Report on the working of the mental hospitals for Indians in Bihar and Orissa - 1925-1929
Year: 1925
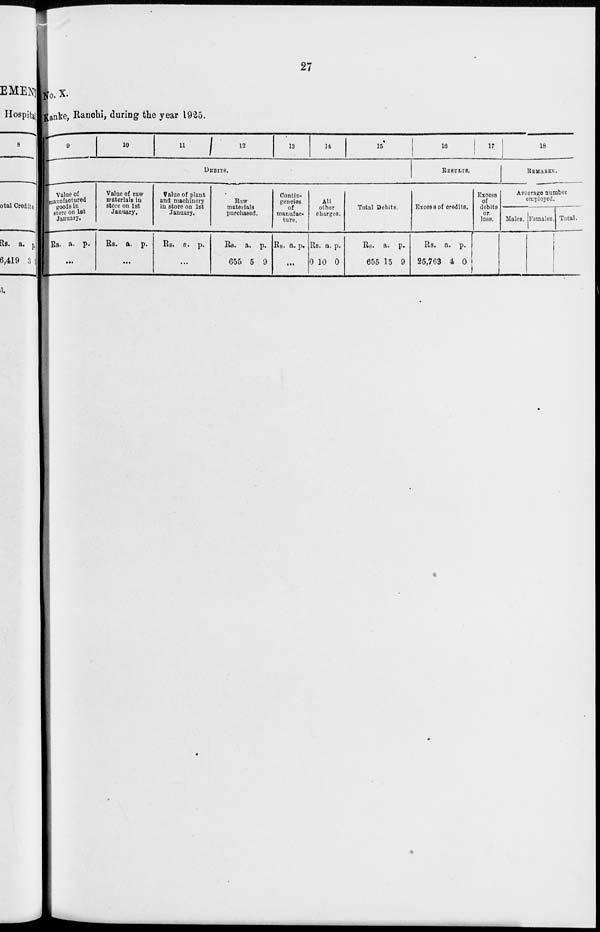
27
No. X.
Kanke, Ranchi, during the year 1925.
9
10
11 1 2
13
14
15
DEBITS.
Value of
manufactured
goods in
store on 1st
January.
Rs. a. p.
...
Value of raw
materials in
store on 1st
January.
Rs. a. p.
...
Value of plant
and machinery
in store on 1st
January.
Rs. a. p.
...
Raw
materials
purchased.
Rs.
655
a.
5
p.
9
Contin-
gencies
of
manufac-
ture.
Rs. a. p.
...
All
other
charges.
Rs.
0
a.
10
p.
0
Total Debits.
Rs.
655
a.
15
p.
9
16
17
RESULTS.
Excess of credits.
Rs.
25,763
a.
4
p.
0
Excess
of
debits
or
loss.
18
REMARKS.
Average number
employed.
Males. Females. Total.